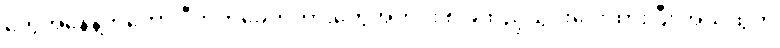
တွေအနေနဲ့ကတော့ ဒီဘတ်ခေတ်ကားတွေအတိုင်း ၈ ခုထည့်သွင်းပေးထားပြီး အသံထွက်